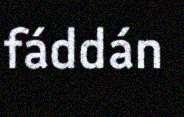
fáddán